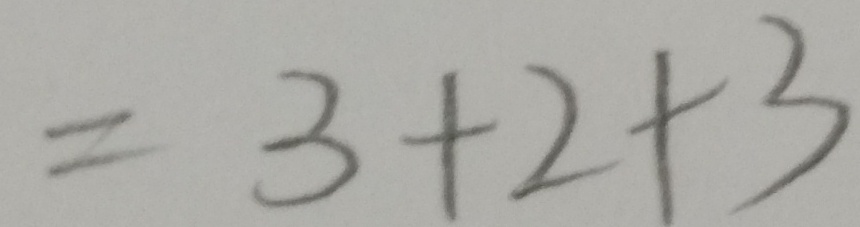
= 3 + 2 + 3